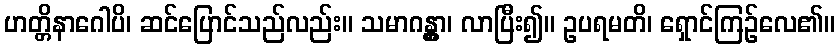
ဟတ္တိနာဂေါပိ၊ ဆင်ပြောင်သည်လည်း။ သမာဂန္တွာ၊ လာပြီး၍။ ဥပရမတိ၊ ရှောင်ကြဉ်လေ၏။